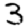
Digit: 3